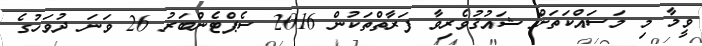
ވީމާ މި މަސައްކަތަށް ޝައުޤުވެރިވާ ފަރާތްތަކުން 2016 ސެޕްޓެންބަރު 26 ވަނަ ދުވަހުގެ